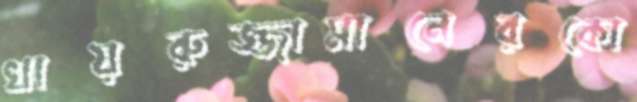
খায়রুজ্জামানেরকো